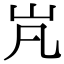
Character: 㞩